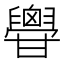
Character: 𦦥